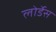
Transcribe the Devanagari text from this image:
लोर्डेस